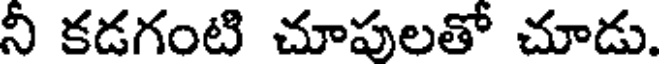
నీ కడగంటి చూపులతో చూడు.